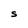
Character: S